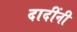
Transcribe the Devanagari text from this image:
दादींनी